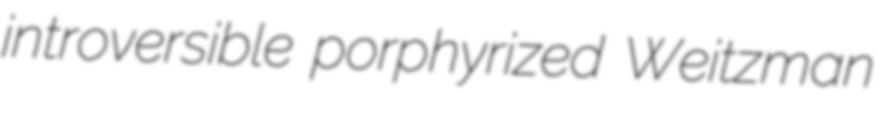
introversible porphyrized Weitzman